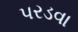
પરડવા